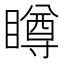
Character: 𥊭